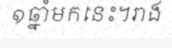
១ឆ្នាំមកនេះ។រាង